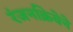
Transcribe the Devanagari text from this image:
रंजनक्रियेने